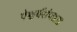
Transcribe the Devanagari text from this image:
ऐश्वर्यसंपन्नता